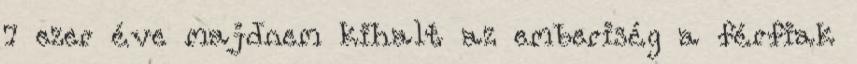
7 ezer éve majdnem kihalt az emberiség a férfiak